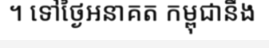
។ ទៅថ្ងៃអនាគត កម្ពុជានឹង